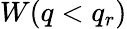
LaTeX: W(q<q_{r})